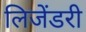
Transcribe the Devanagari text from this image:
लिजेंडरी